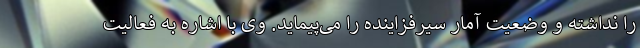
را نداشته و وضعیت آمار سیرفزاینده را می‌پیماید. وی با اشاره به فعالیت